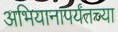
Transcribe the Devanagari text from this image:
अभियानापर्यंतच्या